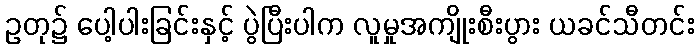
ဥတု၌ ပေါ့ပါးခြင်းနှင့် ပွဲပြီးပါက လူမှုအကျိုးစီးပွား ယခင်သီတင်း